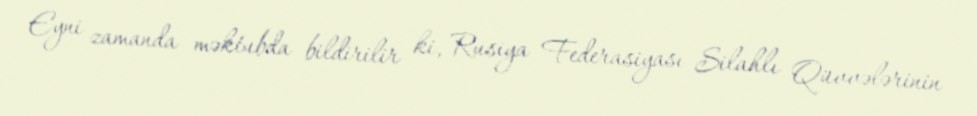
Eyni zamanda məktubda bildirilir ki, Rusiya Federasiyası Silahlı Qüvvələrinin